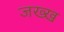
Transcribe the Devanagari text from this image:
जख्ख